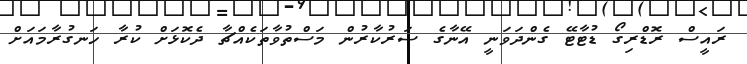
ރައީސް ރޮޑްރިގޯ ޑުޓާޓޭ ގެންދަވަނީ އޭނާގެ ސަރުކާރުން މަސްތުވާތަކެއްޗާ ދެކޮޅަށް ކުރާ ހަނގުރާމައަށް